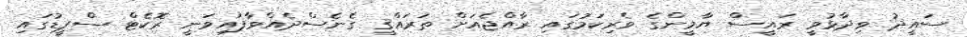
ސައީދު ވިދާޅުވީ ރައީސް ޔާމީންގެ ވެރިކަމުގައި ރާއްޖެއަށް ތަރައްޤީ ގެނެސްދެއްވާފައިވަނީ ރޮކެޓް ސްޕީޑުގައި